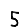
Digit: 5